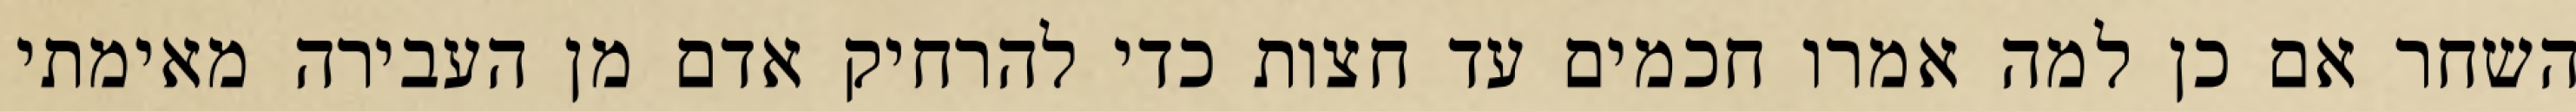
השחר אם כן למה אמרו חכמים עד חצות כדי להרחיק אדם מן העבירה מאימתי